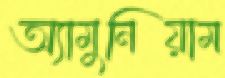
অ্যামুনিয়াম